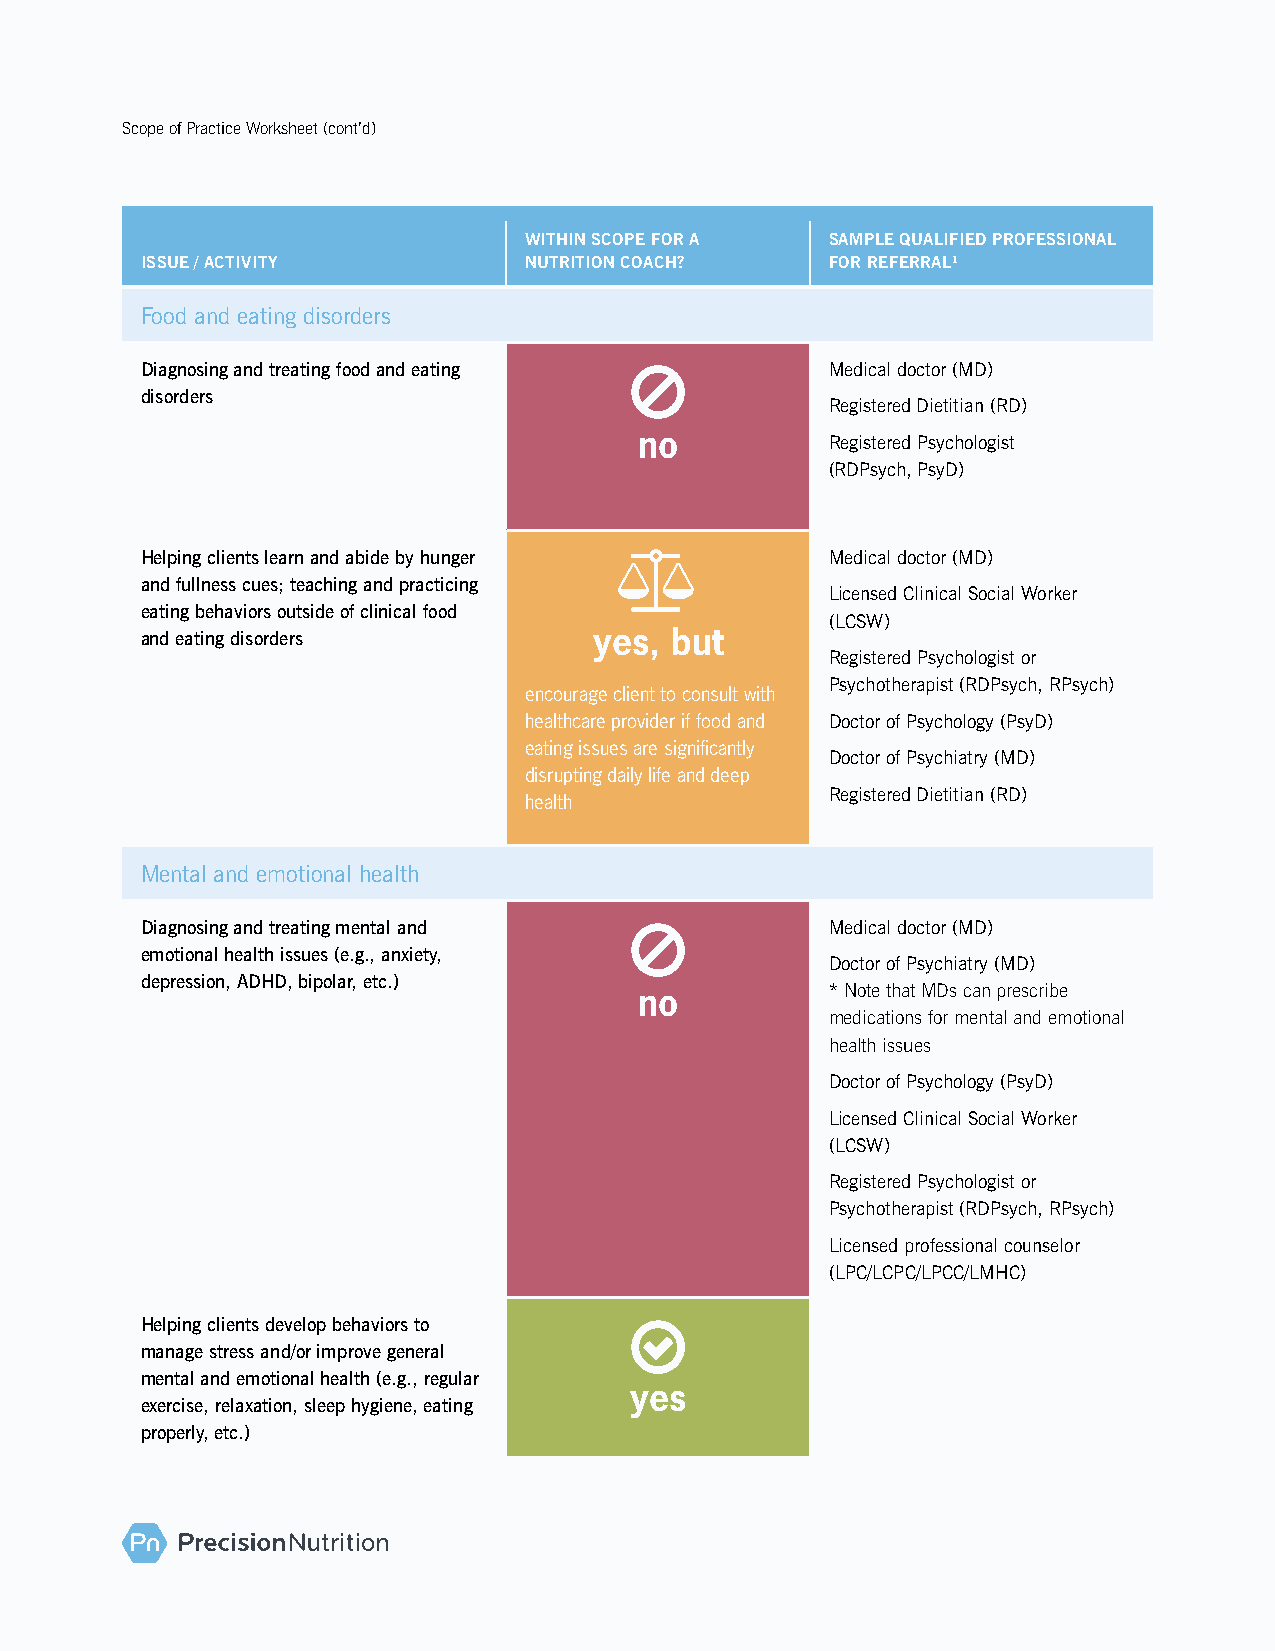
Scope of Practice Worksheet (cont’d)
 WITHIN SCOPE FOR A  SAMPLE QUALIFIED PROFESSIONAL
 ISSUE / ACTIVITY          NUTRITION COACH?    FOR REFERRAL1
 Food and eating disorders
 Diagnosing and treating food and eating      Medical doctor (MD)
 disorders
 Registered Dietitian (RD)
 no           Registered Psychologist
 (RDPsych, PsyD)
 Helping clients learn and abide by hunger    Medical doctor (MD)
 and fullness cues; teaching and practicing
 Licensed Clinical Social Worker
 eating behaviors outside of clinical food
 (LCSW)
 and eating disorders          yes, but
 Registered Psychologist or
 Psychotherapist (RDPsych, RPsych)
 encourage client to consult with
 healthcare provider if food and Doctor of Psychology (PsyD)
 eating issues are significantly
 Doctor of Psychiatry (MD)
 disrupting daily life and deep
 Registered Dietitian (RD)
 health
 Mental and emotional health
 Diagnosing and treating mental and           Medical doctor (MD)
 emotional health issues (e.g., anxiety,
 Doctor of Psychiatry (MD)
 depression, ADHD, bipolar, etc.)
 * Note that MDs can prescribe
 no
 medications for mental and emotional
 health issues
 Doctor of Psychology (PsyD)
 Licensed Clinical Social Worker
 (LCSW)
 Registered Psychologist or
 Psychotherapist (RDPsych, RPsych)
 Licensed professional counselor
 (LPC/LCPC/LPCC/LMHC)
 Helping clients develop behaviors to 
 manage stress and/or improve general
 mental and emotional health (e.g., regular
 yes
 exercise, relaxation, sleep hygiene, eating
 properly, etc.)